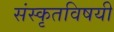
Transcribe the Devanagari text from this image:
संस्कृतविषयी